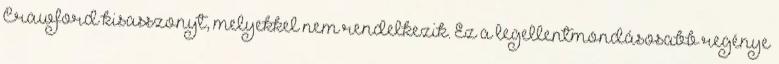
Crawford kisasszonyt, melyekkel nem rendelkezik. Ez a legellentmondásosabb regénye